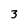
Character: 3